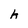
Character: h